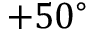
+ 5 0 ^ { \circ }